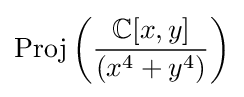
{\text{Proj}}\left({\frac {\mathbb {C} [x,y]}{(x^{4}+y^{4})}}\right)